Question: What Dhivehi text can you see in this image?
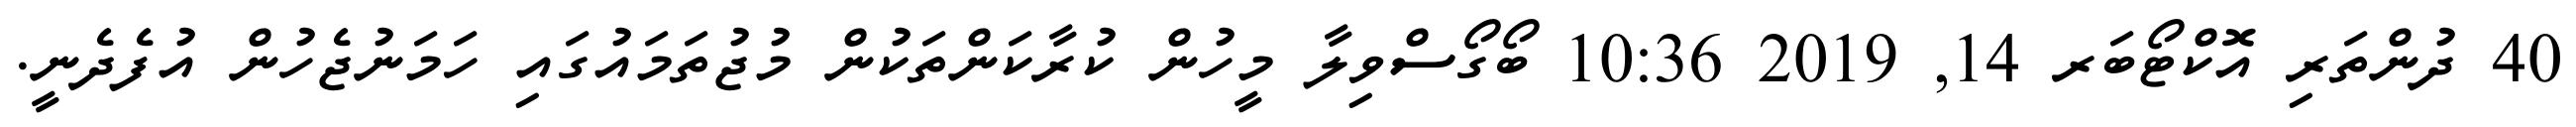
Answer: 40 ދުންތަރި އޮކްޓޯބަރ 14, 2019 10:36 ބޯގޯސްވިލާ މީހުން ކުރާކަންތަކުން މުޖުތަމައުގައި ހަމަނުޖެހުން އުފެދެނީ.